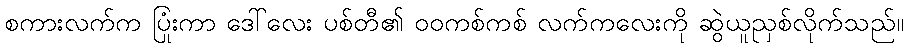
စကားလက်က ပြုံးကာ ဒေါ်လေး ပစ်တီ၏ ဝဝကစ်ကစ် လက်ကလေးကို ဆွဲယူညှစ်လိုက်သည်။